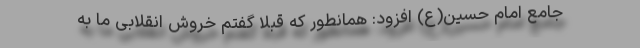
جامع امام حسین(ع) افزود: همانطور که قبلاً گفتم خروش انقلابی ما به